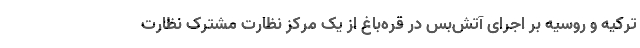
ترکیه و روسیه بر اجرای آتش‌بس در قره‌باغ از یک مرکز نظارت مشترک نظارت